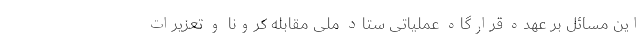
این مسائل بر عهده قرارگاه عملیاتی ستاد ملی مقابله کرونا و تعزیرات